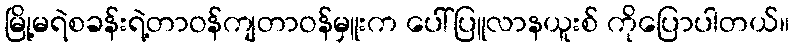
မြို့မရဲစခန်းရဲ့တာဝန်ကျတာဝန်မှူးက ပေါ်ပြူလာနယူးစ် ကိုပြောပါတယ်။